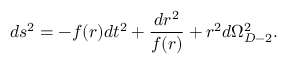
d s ^ { 2 } = - f ( r ) d t ^ { 2 } + \frac { d r ^ { 2 } } { f ( r ) } + r ^ { 2 } d \Omega _ { D - 2 } ^ { 2 } .